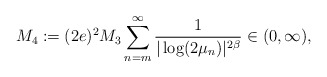
\begin{align*}M_4 := (2e)^2 M_3 \sum_{n=m}^{\infty} \frac{1}{|\log (2\mu_n)|^{2\beta}}\in (0,\infty),\end{align*}